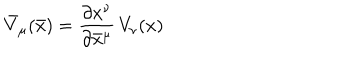
{ \bar { V } } _ { \mu } ( \bar { x } ) = \frac { \partial x ^ { \nu } } { \partial { \bar { x } } ^ { \mu } } \, V _ { \nu } ( x )